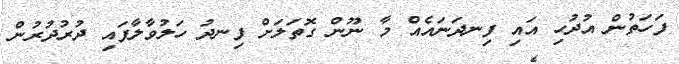
ފަހަތުން އުދުހި އައި ފިނދަނައެއް މާ ނޫން ގޮތަލަށް ފިނދު ހަލުވާލާފައި ދުރުދުރުން